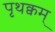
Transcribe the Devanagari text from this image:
पृथक्वम्